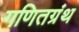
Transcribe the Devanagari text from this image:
गणितग्रंथ